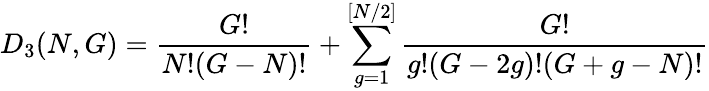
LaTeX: D_{3}(N,G)=\frac{G!}{N!(G-N)!}+\sum_{g=1}^{[N/2]}\frac{G!}{g!(G-2g)!(G+g-N)!}